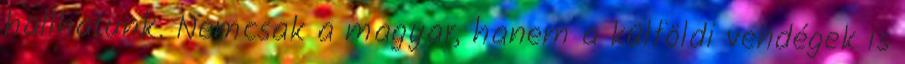
hallhatunk. Nemcsak a magyar, hanem a külföldi vendégek is